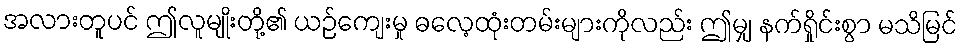
အလားတူပင် ဤလူမျိုးတို့၏ ယဉ်ကျေးမှု ဓလေ့ထုံးတမ်းများကိုလည်း ဤမျှ နက်ရှိုင်းစွာ မသိမြင်